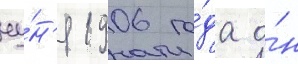
иу́н'я 1906 го́да о́н